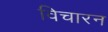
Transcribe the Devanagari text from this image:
विचारन